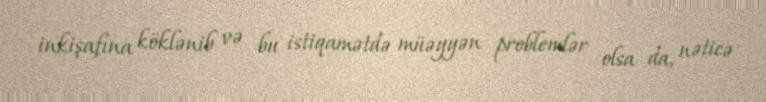
inkişafına köklənib və bu istiqamətdə müəyyən problemlər olsa da, nəticə